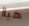
هياا